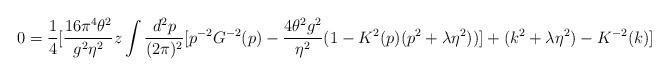
LaTeX: \begin{align*}0=\frac{1}{4}[\frac{16 \pi^4 \theta^2}{g^2 \eta^2}z\int\frac{d^2p}{(2\pi)^2}[p^{-2}G^{-2}(p)-\frac{4\theta^2g^2}{\eta^2}(1-K^2(p)(p^2+\lambda \eta^2))]+(k^2+\lambda \eta^2)-K^{-2}(k)]\end{align*}